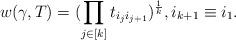
LaTeX: \begin{align*} w(\gamma,T)=(\prod_{j\in [k]} t_{i_ji_{j+1}})^{\frac{1}{k}}, i_{k+1}\equiv i_1. \end{align*}